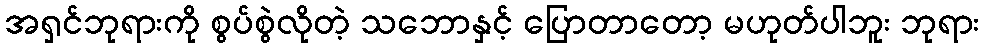
အရှင်ဘုရားကို စွပ်စွဲလိုတဲ့ သဘောနှင့် ပြောတာတော့ မဟုတ်ပါဘူး ဘုရား